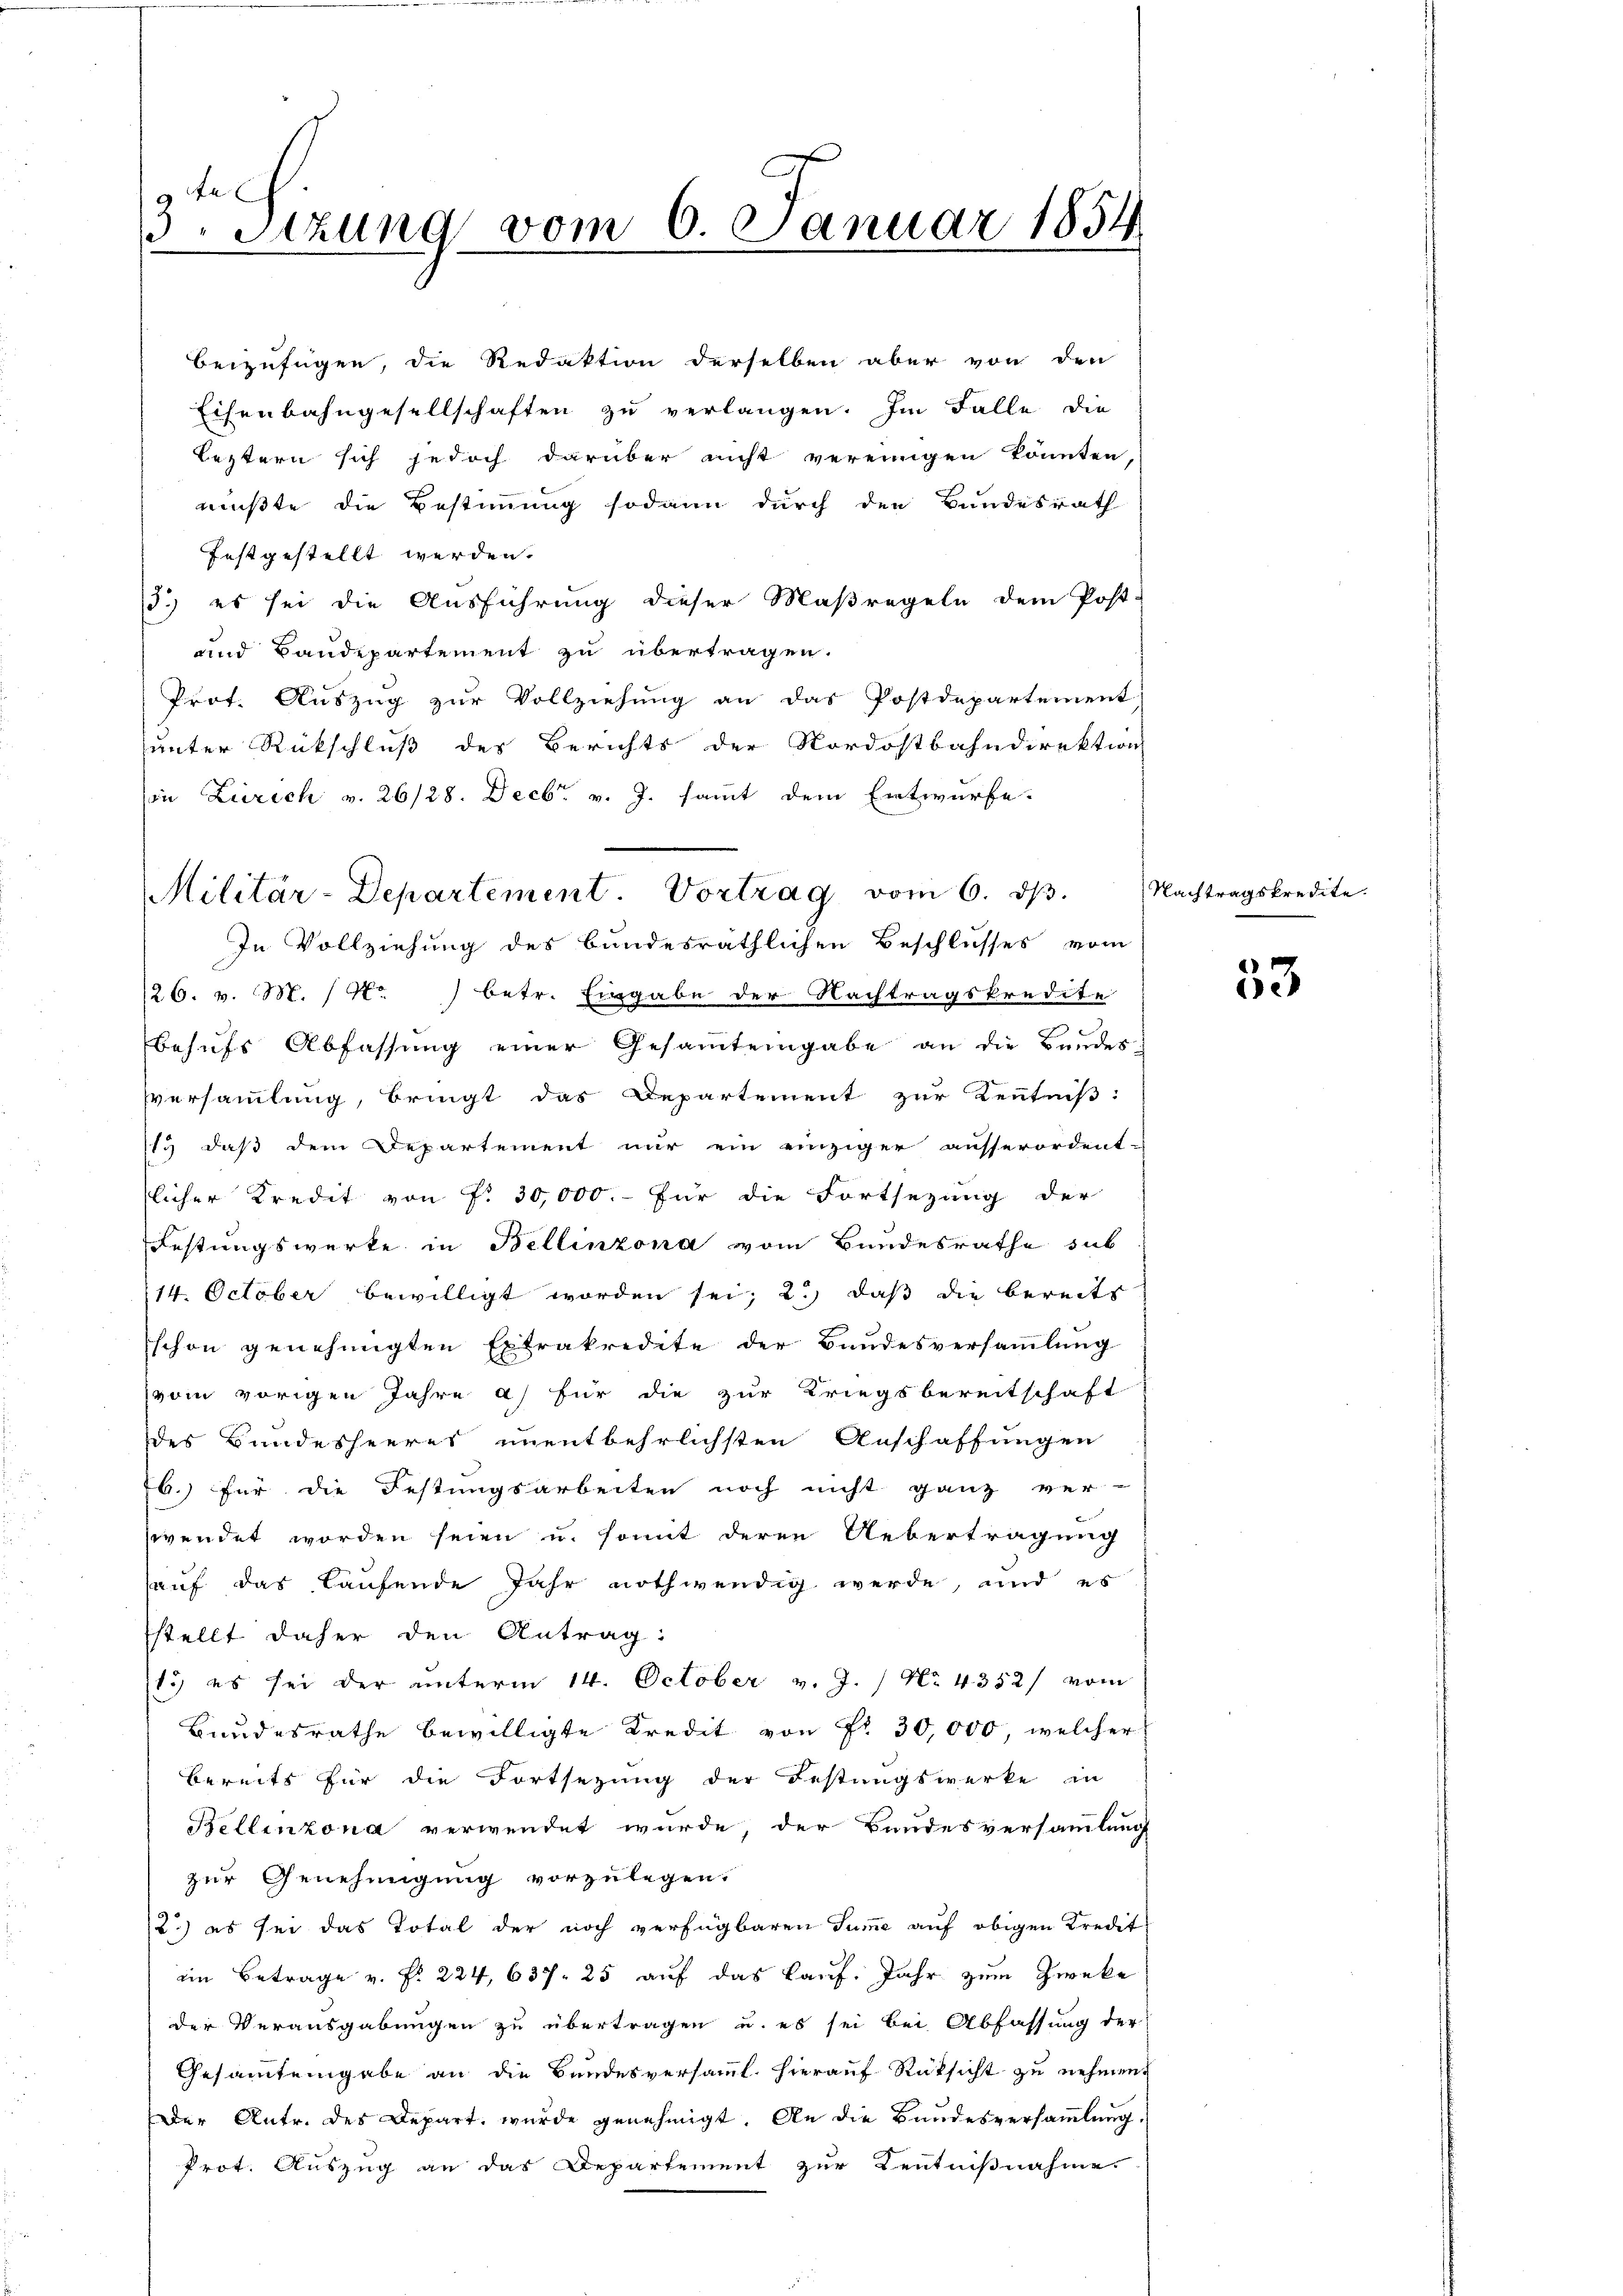
3. Sitzung vom 6. Januar 1854
d

beizufügen, die Redaktion derselben aber von den
Eisenbahngesellschaften zu verlangen. Im Falle die
leztern sich jedoch darüber nicht vereinigen könnten,
mußte die Bestimmung sodann durch den Bundesrath
festgestellt werden.
13.) es sei die Ausführung dieser Maßregeln dem Post-
und Baudepartement zu übertragen.
Prot. Auszug zur Vollziehung an das Postdepartement
unter Rückschluß des Berichts der Nordostbahndirektion
in Zürich v. 26/28. Decbr. v. J. sammt dem Entwurfe.

Militär-Departement. Vortrag vom 6. d.

In Vollziehung des bundesräthlichen Beschlusses vom
/26. v. M. (Nr. 1 betr. Eingabe der Nachtragskredite
behufs Abfassung einer Gesamteingabe an die Bundes-
sversammlung, bringt das Departement zur Kenntniß:
13 daß dem Departement nur ein einziger ausserordent-
licher Kredit von P. 30,000.- für die Fortsezung der
Festungswerke in Bellinzona vom Bundesrathe sub
14. October bewilligt worden sei; 2.) daß die bereits
schon genehmigten Extrakredite der Bundesversammlung
vom vorigen Jahre a) für die zur Kriegsbereitschaft
des Bundesheeres unentbehrlichsten Anschaffungen
b.) für die Festungsarbeiten noch nicht ganz ver-
wendet worden seien u. somit deren Uebertragung
auf das Laufende Jahr nothwendig werde, und es
stellt daher den Antrag:
15) es sei der unterm 14. October v. J. / No. 4352/ vom
Bundesrathe bewilligte Kredit von Fr. 30,000, welcher
bereits für die Fortsezung der Festungswerke in
Bellinzona verwendet wurde, der Bundesversammlung
zur Genehmigung vorzulegen.
2.) es sei das Total der noch verfügbaren Summe auf obigen Kredit
ein Betrage v. Fr. 224, 637. 25 auf das Kauf. Jahr zum Zwecke
der Verausgabungen zu übertragen u. es sei bei Abfassung der
Gesammtengabe an die Bundesversamml. hierauf Rücksicht zu nehmen.
Der Antr. des Depart wurde genehmigt. An die Bundesversammlung.
Prot. Auszug an das Departement zur Kenntnißnahme.

Nachtragskredite.

53